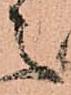
之